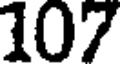
107